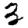
Digit: 3